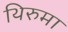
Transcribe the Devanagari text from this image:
थिरुमा